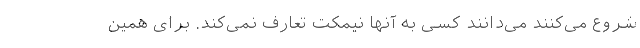
شروع می‌کنند می‌دانند کسی به آنها نیمکت تعارف نمی‌کند. برای همین